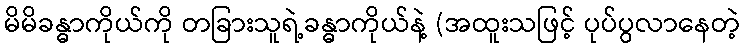
မိမိခန္ဓာကိုယ်ကို တခြားသူရဲ့ခန္ဓာကိုယ်နဲ့ (အထူးသဖြင့် ပုပ်ပွလာနေတဲ့